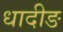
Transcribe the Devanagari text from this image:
धादीङ